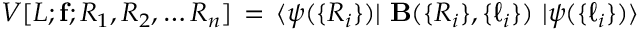
V [ L ; { \bf f } ; R _ { 1 } , R _ { 2 } , \ldots R _ { n } ] \, = \, \langle \psi ( \{ R _ { i } \} ) \vert ~ { \bf { B } } ( \{ R _ { i } \} , \{ \ell _ { i } \} ) ~ \vert \psi ( \{ \ell _ { i } \} ) \rangle